Indian journal of veterinary science and animal husbandry - Volumes 15-17, 1948-1951
Year: 1948
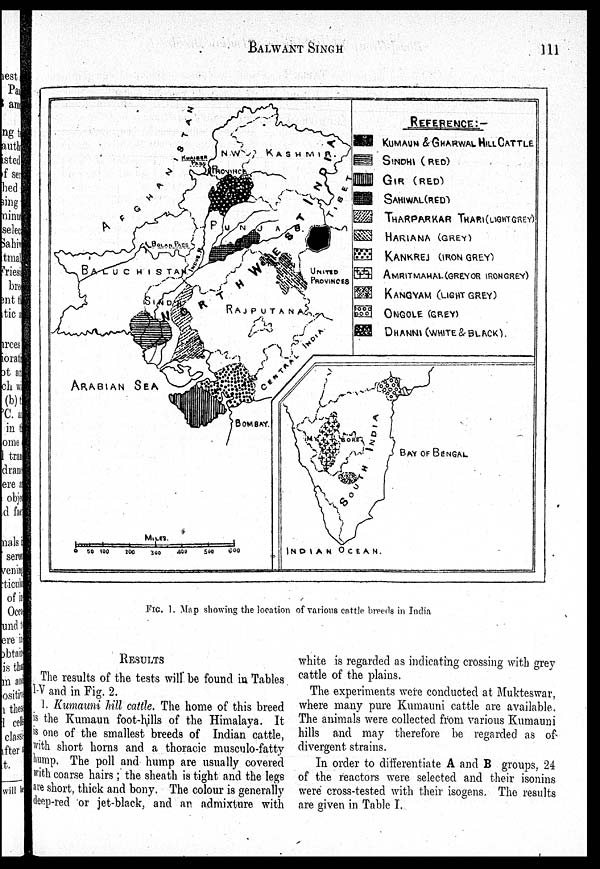
BALWANT
SINGH
111
FIG. 1. Map showing the location of various cattle breeds in India
RESULTS
The results of the tests will be found in Tables
I-V and in Fig. 2.
1. Kumauni hill cattle. The home of this breed
is the Kumaun foot-hills of the Himalaya. It
is one of the smallest breeds of Indian cattle,
with short horns and a thoracic musculo-fatty
hump. The poll and hump are usually covered
with coarse hairs; the sheath is tight and the legs
are short, thick and bony. The colour is generally
deep-red or jet-black, and an admixture with
white is regarded as indicating crossing with grey
cattle of the plains.
The experiments were conducted at Mukteswar,
where many pure Kumauni cattle are available.
The animals were collected from various Kumauni
hills and may therefore be regarded as of
divergent strains.
In order to differentiate A and B groups, 24
of the reactors were selected and their isonins
were cross-tested with their isogens. The results
are given in Table I.